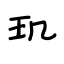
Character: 玑